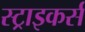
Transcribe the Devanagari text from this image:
स्‍ट्राइकर्स